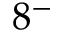
8 ^ { - }